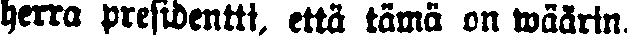
herra presidentti, että tämä on wäärin.